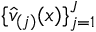
\{ \widehat v _ { ( j ) } ( x ) \} _ { j = 1 } ^ { J }